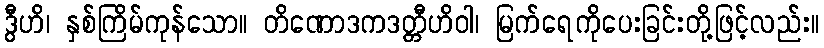
ဒွီဟိ၊ နှစ်ကြိမ်ကုန်သော။ တိဏောဒကဒတ္တီဟိဝါ၊ မြက်ရေကိုပေးခြင်းတို့ဖြင့်လည်း။